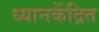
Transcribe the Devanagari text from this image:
ध्यानकेंद्रित